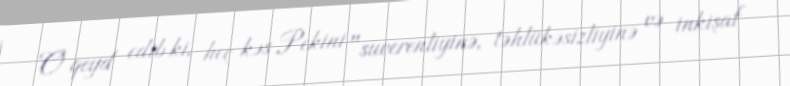
O qeyd edib ki, heç kəs Pekini "suverenliyinə, təhlükəsizliyinə və inkişaf